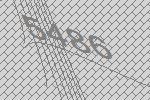
5486